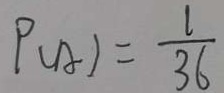
P ( A ) = \frac { 1 } { 3 6 }